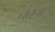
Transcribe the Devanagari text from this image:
नंतनार